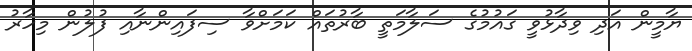
ޔާމީން އަދި ވިދާޅުވީ ގައުމުގެ ސަލާމަތީ ބާރުތައް ކަމަށްވާ ސިފައިންނާއި ފުލުން މިހާރު